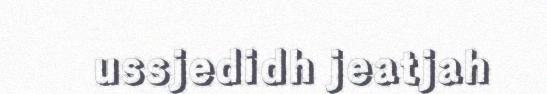
ussjedidh jeatjah